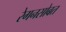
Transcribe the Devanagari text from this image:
रेगनसोबत